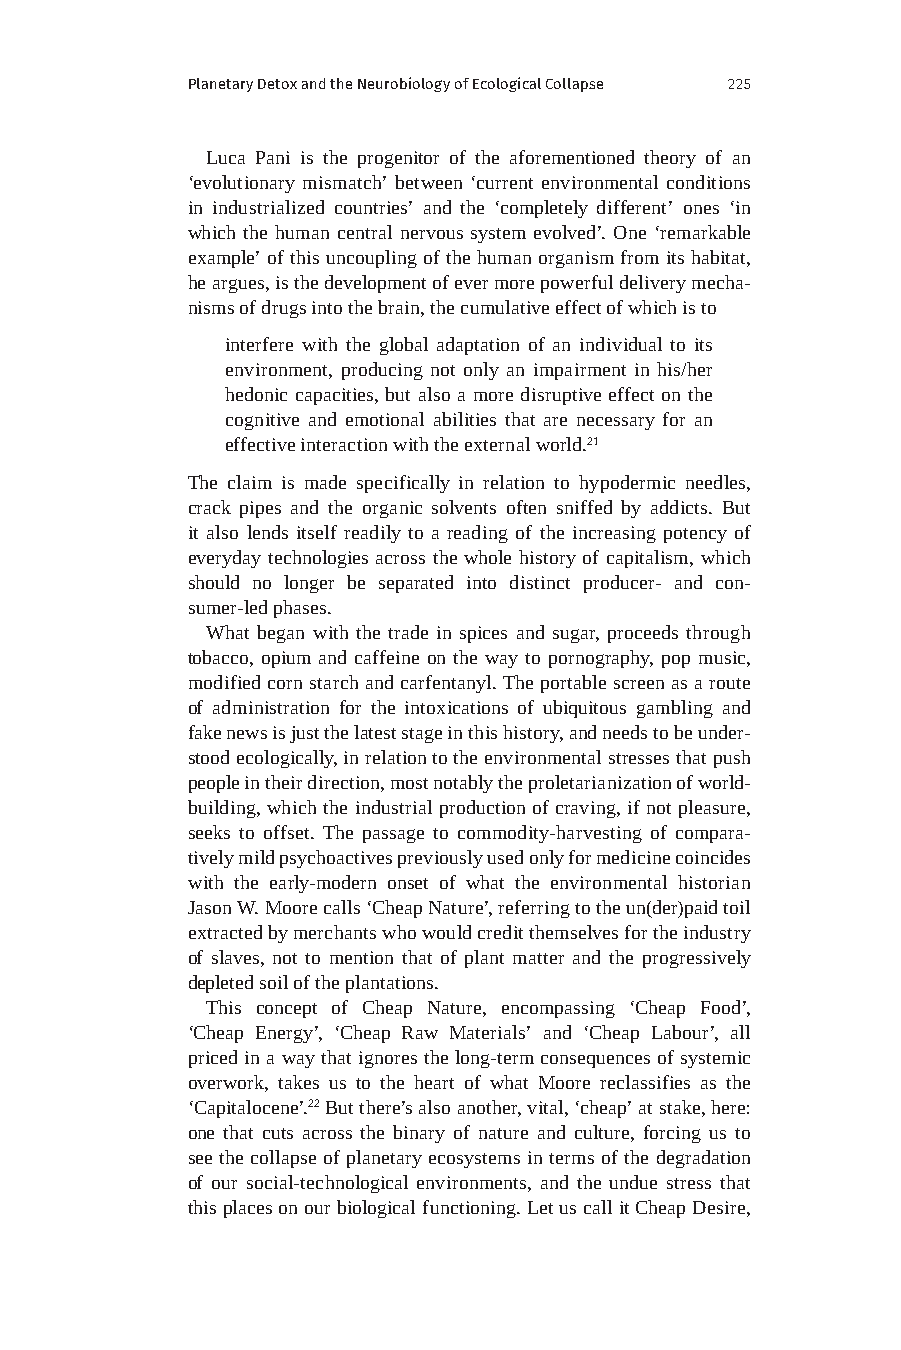
Planetary Detox and the Neurobiology of Ecological Collapse 225
 Luca Pani is the progenitor of the aforementioned theory of an
 ‘evolutionary mismatch’ between ‘current environmental conditions
 in industrialized countries’ and the ‘completely different’ ones ‘in
 which the human central nervous system evolved’. One ‘remarkable
 example’ of this uncoupling of the human organism from its habitat,
 he argues, is the development of ever more powerful delivery mecha-
 nisms of drugs into the brain, the cumulative effect of which is to
 interfere with the global adaptation of an individual to its
 environment, producing not only an impairment in his/her
 hedonic capacities, but also a more disruptive effect on the
 cognitive and emotional abilities that are necessary for an
 effective interaction with the external world.21
 The claim is made specifically in relation to hypodermic needles,
 crack pipes and the organic solvents often sniffed by addicts. But
 it also lends itself readily to a reading of the increasing potency of
 everyday technologies across the whole history of capitalism, which
 should no longer be separated into distinct producer- and con-
 sumer-led phases.
 What began with the trade in spices and sugar, proceeds through
 tobacco, opium and caffeine on the way to pornography, pop music,
 modified corn starch and carfentanyl. The portable screen as a route
 of administration for the intoxications of ubiquitous gambling and
 fake news is just the latest stage in this history, and needs to be under-
 stood ecologically, in relation to the environmental stresses that push
 people in their direction, most notably the proletarianization of world-
 building, which the industrial production of craving, if not pleasure,
 seeks to offset. The passage to commodity-harvesting of compara-
 tively mild psychoactives previously used only for medicine coincides
 with the early-modern onset of what the environmental historian
 Jason W. Moore calls ‘Cheap Nature’, referring to the un(der)paid toil
 extracted by merchants who would credit themselves for the industry
 of slaves, not to mention that of plant matter and the progressively
 depleted soil of the plantations.
 This concept of Cheap Nature, encompassing ‘Cheap Food’,
 ‘Cheap Energy’, ‘Cheap Raw Materials’ and ‘Cheap Labour’, all
 priced in a way that ignores the long-term consequences of systemic
 overwork, takes us to the heart of what Moore reclassifies as the
 ‘Capitalocene’.22 But there’s also another, vital, ‘cheap’ at stake, here:
 one that cuts across the binary of nature and culture, forcing us to
 see the collapse of planetary ecosystems in terms of the degradation
 of our social-technological environments, and the undue stress that
 this places on our biological functioning. Let us call it Cheap Desire,